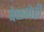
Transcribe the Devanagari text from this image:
बेळगेरी